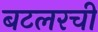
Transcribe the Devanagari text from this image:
बटलरची